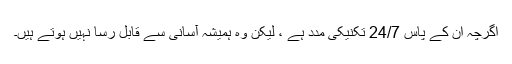
اگرچہ ان کے پاس 24/7 تکنیکی مدد ہے ، لیکن وہ ہمیشہ آسانی سے قابل رسا نہیں ہوتے ہیں۔